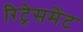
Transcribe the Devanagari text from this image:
रिट्रेसमेंट